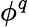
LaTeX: \phi^{q}